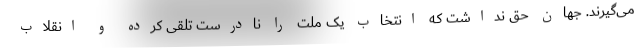
می‌گیرند. جهان حق نداشت که انتخاب یک ملت را نادرست تلقی کرده و انقلاب